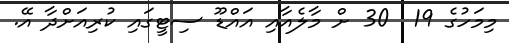
މިމަހުގެ 19  30 ށް މާލެއާއި އައްޑޫ ސިޓީގައި ކުރިއަށްދާ އޭ.